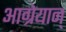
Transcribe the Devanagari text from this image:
आग्रेयान्